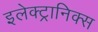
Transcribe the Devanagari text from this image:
इलेक्‍ट्रानिक्‍स